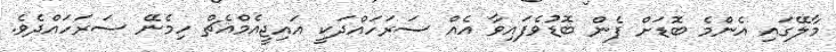
މާލޭގައި އެންމެ ބޮޑަށް ފެން ބޮޑުވެފައިވާ އެއް ސަރަހައްދަކީ އައިޖީއެމްއެޗް ހިމެނޭ ސަރަހައްދެވެ.